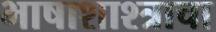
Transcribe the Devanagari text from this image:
भाषाशाश्त्राचा